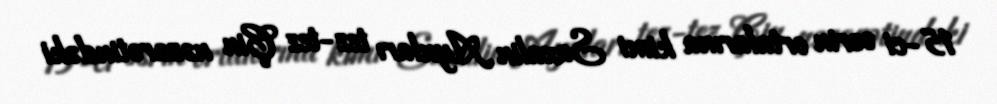
15-ci əsrin ortalarına kimi Saxalin Aynları tez-tez Çin nəzarətindəki